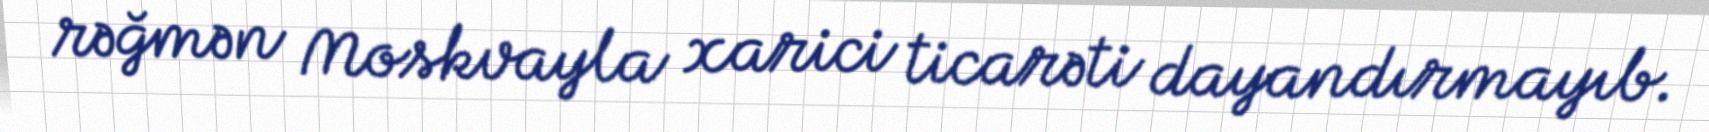
rəğmən Moskvayla xarici ticarəti dayandırmayıb.